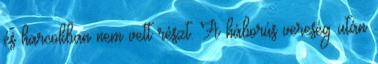
és harcokban nem vett részt. A háborús vereség után